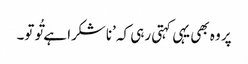
پر وہ بھی یہی کہتی رہی کہ ’ناشکرا ہے تُو تو۔